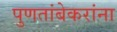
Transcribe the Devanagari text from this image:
पुणतांबेकरांना